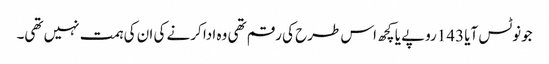
جونوٹس آیا 143روپے یا کچھ اس طرح کی رقم تھی وہ ادا کرنے کی ان کی ہمت نہیں تھی۔